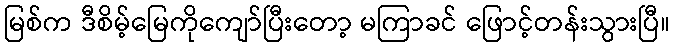
မြစ်က ဒီစိမ့်မြေကိုကျော်ပြီးတော့ မကြာခင် ဖြောင့်တန်းသွားပြီ။